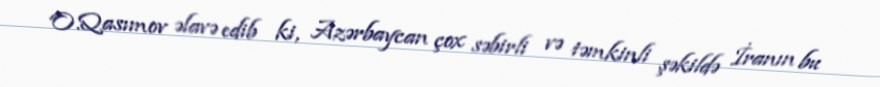
O.Qasımov əlavə edib ki, Azərbaycan çox səbirli və təmkinli şəkildə İranın bu